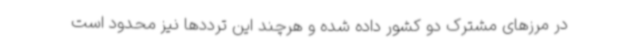
در مرزهای مشترک دو کشور داده شده و هرچند این ترددها نیز محدود است